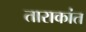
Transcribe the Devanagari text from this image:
ताराकांत